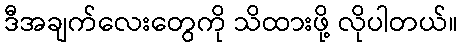
ဒီအချက်လေးတွေကို သိထားဖို့ လိုပါတယ်။